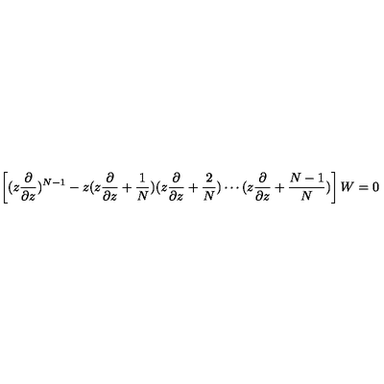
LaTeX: \left[ ( z \frac { \partial } { \partial z } ) ^ { N - 1 } - z ( z \frac { \partial } { \partial z } + \frac { 1 } { N } ) ( z \frac { \partial } { \partial z } + \frac { 2 } { N } ) \cdots ( z \frac { \partial } { \partial z } + \frac { N - 1 } { N } ) \right] W = 0